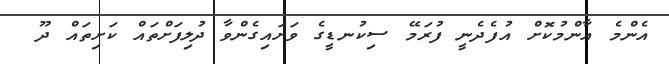
އެންމެ ޢާންމުކޮށް އުފެދެނީ ފުރަމޭ ސިކުނޑީގެ ވަށައިގެންވާ ދުލިފަށްތައް ކަށިތައް ދޫ